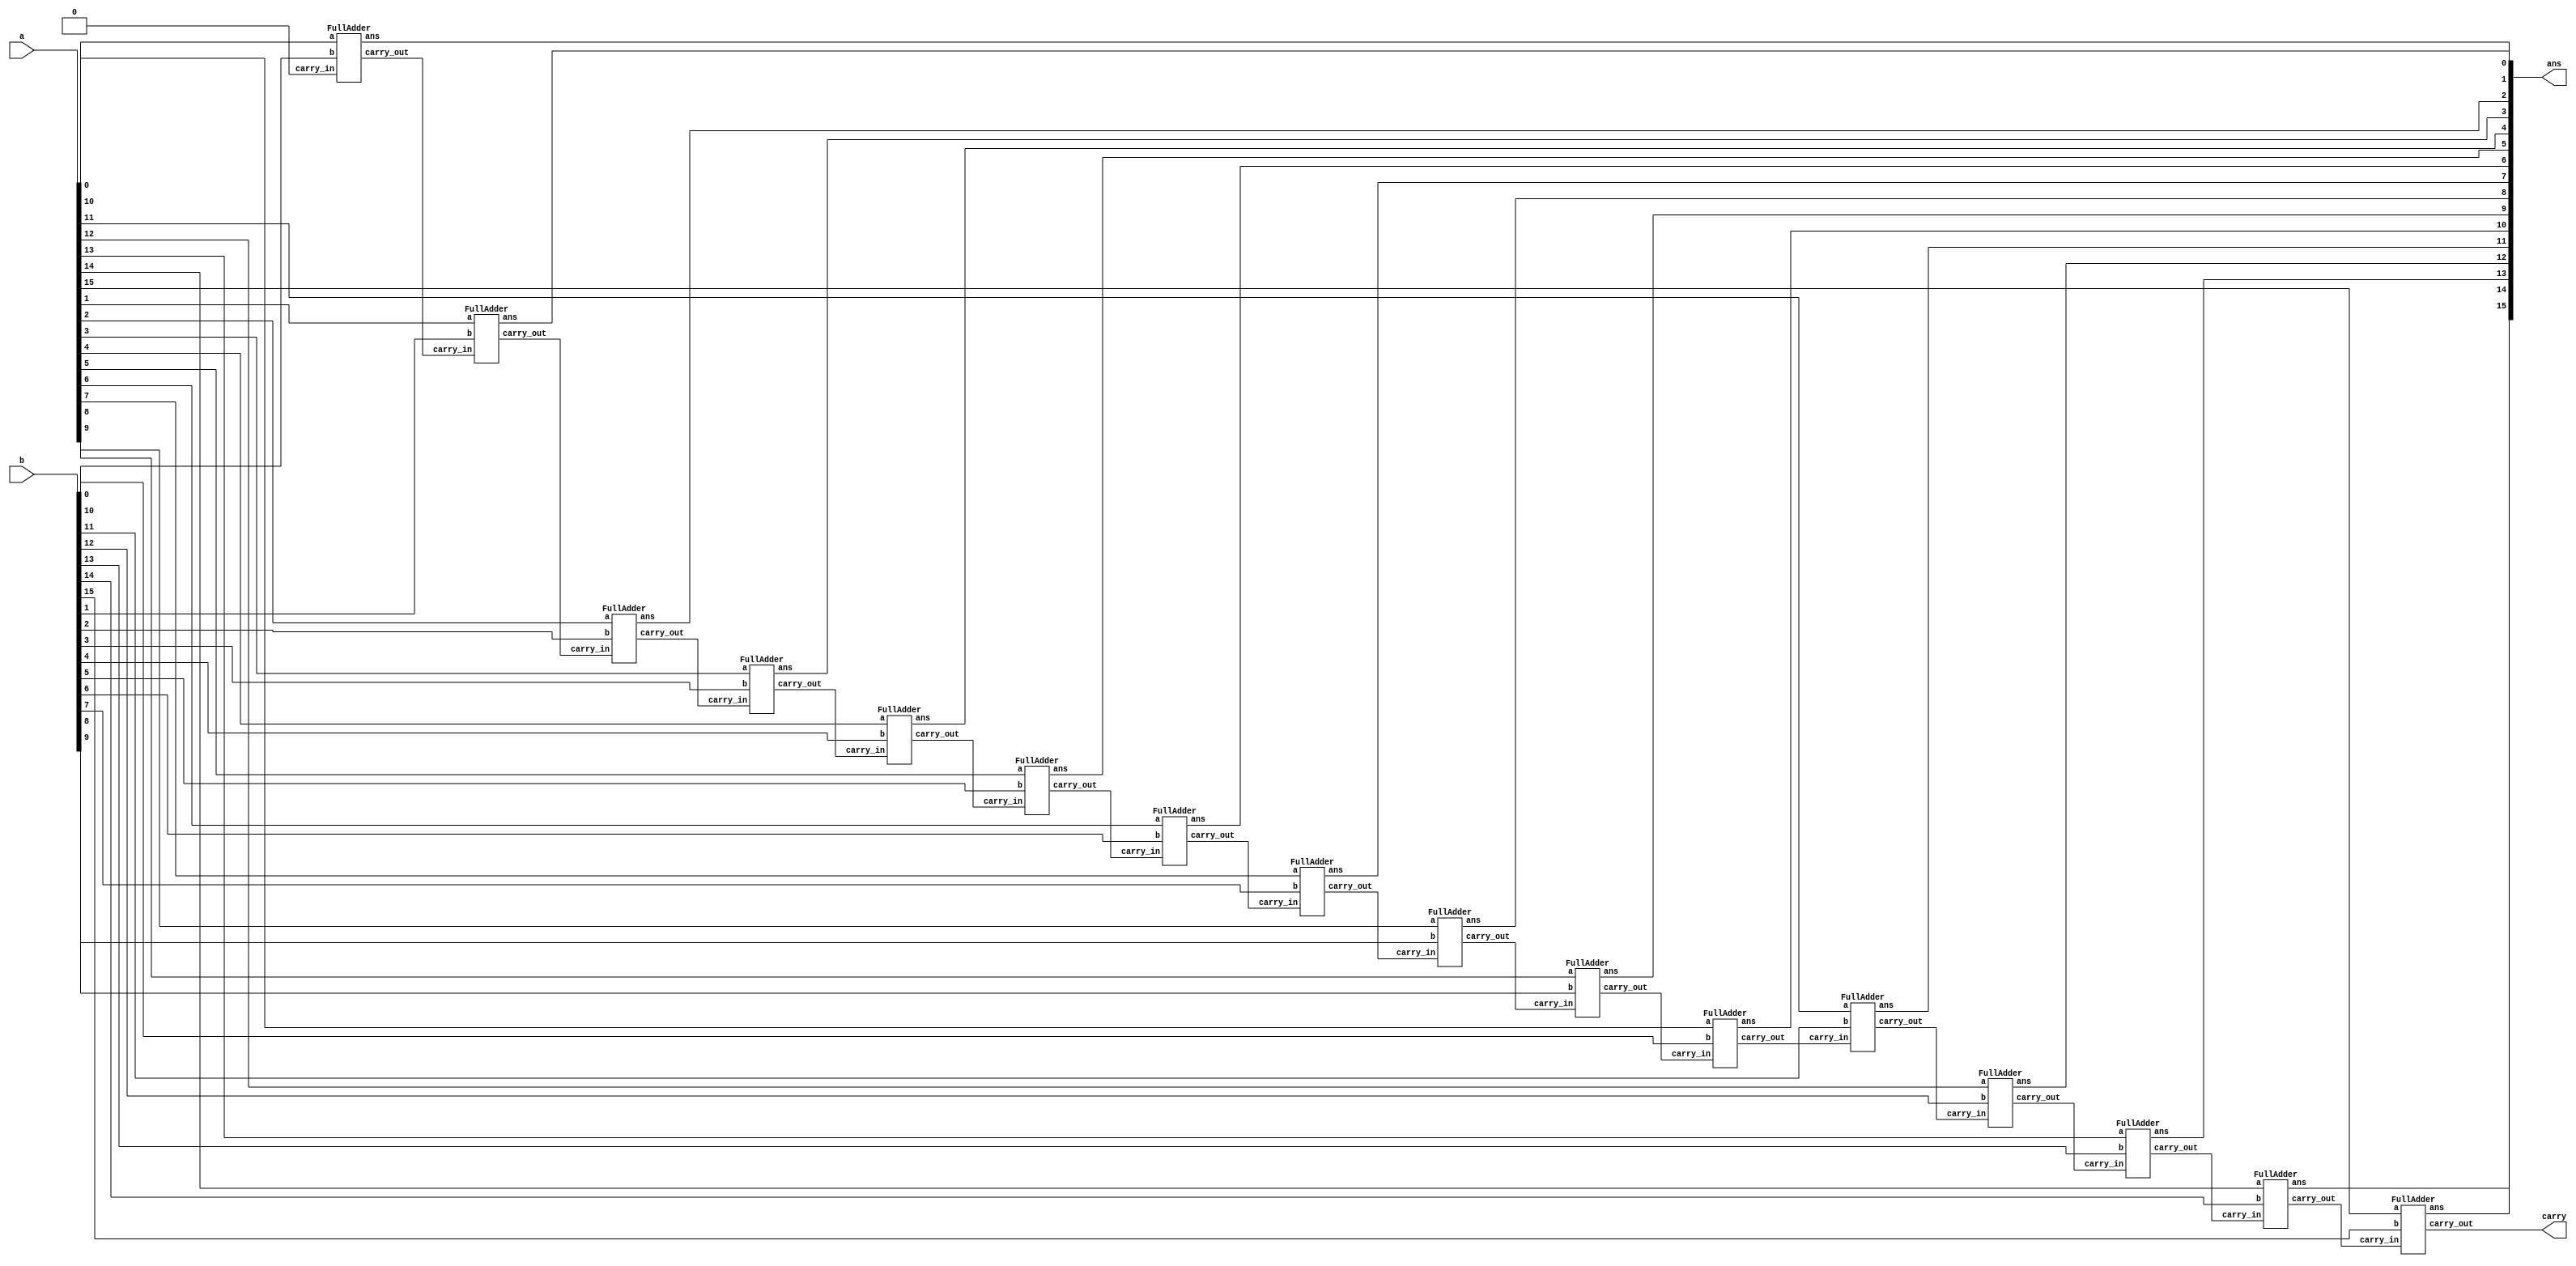
/* ACM Class System (I) Fall Assignment 1 
 *
 *
 * Implement your naive adder here
 * 
 * GUIDE:
 *   1. Create a RTL project in Vivado
 *   2. Put this file into `Sources'
 *   3. Put `test_adder.v' into `Simulation Sources'
 *   4. Run Behavioral Simulation
 *   5. Make sure to run at least 100 steps during the simulation (usually 100ns)
 *   6. You can see the results in `Tcl console'
 *
 */

module adder(
	input  [15:0] a,
	input  [15:0] b,
	output [15:0] ans,
	output carry
);
wire[16:0] c;
assign c[0]=0;

genvar  i;
generate
	for(i=0;i<16;i=i+1) begin
	FullAdder fa(
		.a   (a[i]),
		.b   (b[i]),
		.carry_in (c[i]),
		.carry_out (c[i+1]),
		.ans (ans[i])
	);
	end
endgenerate



assign carry=c[16];

endmodule

module FullAdder(
	input a,
	input b,
	input carry_in,
	output carry_out,
	output ans
);
assign ans = a^b^carry_in;
assign carry_out=(a&b)|(carry_in&(a|b));

endmodule